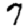
Digit: 7